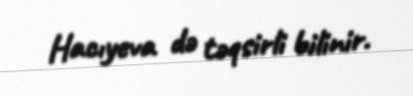
Hacıyeva də təqsirli bilinir.